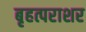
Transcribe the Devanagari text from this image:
बृहत्पराशर